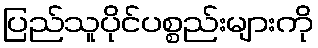
ပြည်သူပိုင်ပစ္စည်းများကို